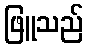
ဖြူသည်